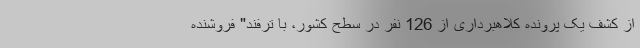
از کشف یک پرونده کلاهبرداری از 126 نفر در سطح کشور، با ترفند" فروشنده